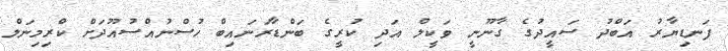
ފަނޑިޔާރު އަބްދު ސައީދުގެ ގާނޫނީ ވަކީލް އަދި ކުރީގެ ބަންޑާރަނައިބް ހުސްނުއްސުއޫދަށް ކްރިމިނަލް